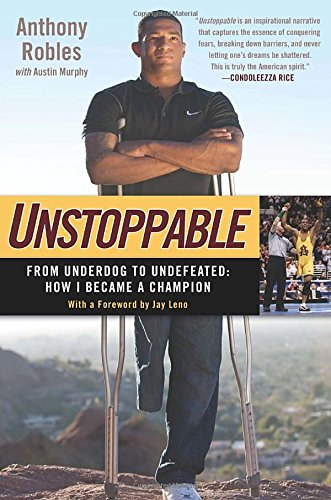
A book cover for Unstoppable: From Underdog to Undefeated: How I Became a Champion; Anthony Robles; Biographies & Memoirs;